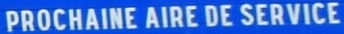
PROCHAINE AIRE DE SERVICE